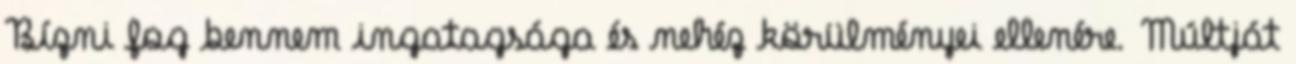
Bízni fog bennem ingatagsága és nehéz körülményei ellenére. Múltját